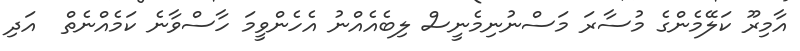
އާމިރޫ ކަލޭމެންގެ މުސާރަ މަސްނުނިމެނީސް ލިބެއެއްނު އެހެންވީމަ ހާސްވާނެ ކަމެއްނެތް  އަދި